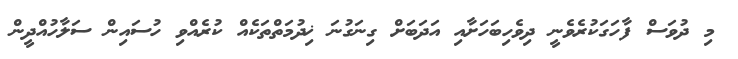
މި ދުވަސް ފާހަގަކުރެވެނީ ދިވެހިބަހަށާއި އަދަބަށް ގިނަގުނަ ޚިދުމަތްތަކެއް ކުރެއްވި ހުސައިން ސަލާހުއްދީން